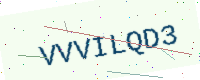
Text: VVVILQD3